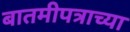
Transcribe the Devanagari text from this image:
बातमीपत्राच्या